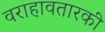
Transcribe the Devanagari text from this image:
वराहावतारकी